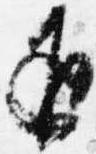
返